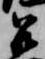
召